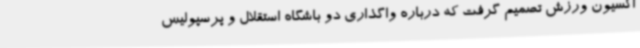
اکسیون ورزش تصمیم گرفت که درباره واگذاری دو باشگاه استقلال و پرسپولیس